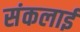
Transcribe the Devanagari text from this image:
संकलाई